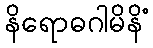
နိရောဓဂါမိနိံ